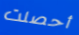
أحصلت